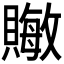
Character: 𬥧